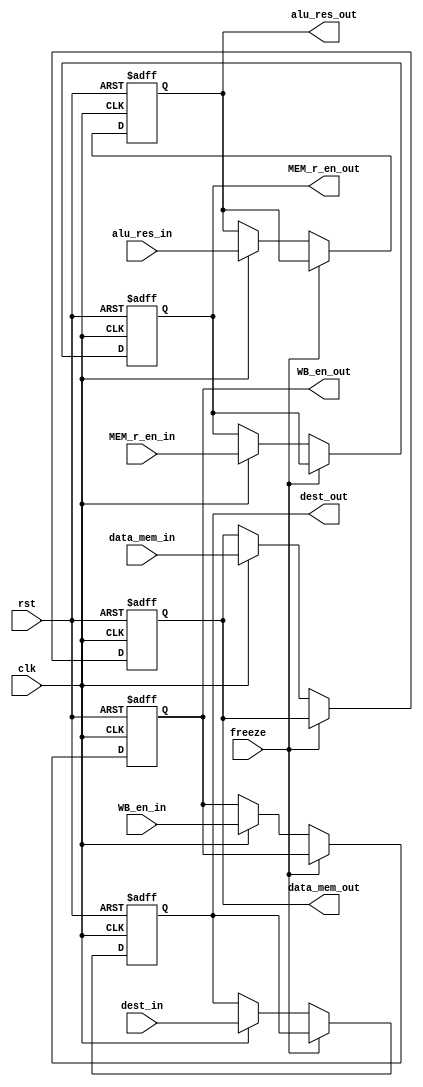
module MEM_Stage_Reg (
  input clk, rst, freeze, WB_en_in, MEM_r_en_in, 
  input [3:0] dest_in,
  input [31:0] alu_res_in, data_mem_in,

  output reg WB_en_out, MEM_r_en_out, 
  output reg [3:0] dest_out,
  output reg [31:0] alu_res_out, data_mem_out
);

  always @(posedge clk, posedge rst) begin
    if (rst) begin
      WB_en_out <= 1'b0;
      MEM_r_en_out <= 1'b0;
      alu_res_out <= 32'b0;
      dest_out <= 4'b0;
      data_mem_out <= 32'b0;
    end
    else if (freeze) begin
      WB_en_out <= WB_en_out;
      MEM_r_en_out <= MEM_r_en_out;
      alu_res_out <= alu_res_out;
      dest_out <= dest_out;
      data_mem_out <= data_mem_out;
    end
    else if (clk) begin
      WB_en_out <= WB_en_in;
      MEM_r_en_out <= MEM_r_en_in;
      alu_res_out <= alu_res_in;
      dest_out <= dest_in;
      data_mem_out <= data_mem_in;
    end 
    else begin
      WB_en_out <= WB_en_out;
      MEM_r_en_out <= MEM_r_en_out;
      alu_res_out <= alu_res_out;
      dest_out <= dest_out;
      data_mem_out <= data_mem_out;
    end
  end

endmodule